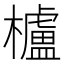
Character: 櫨